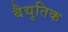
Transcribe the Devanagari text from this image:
बैद्युतिक